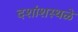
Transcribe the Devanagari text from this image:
दशांशस्थळे